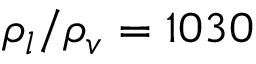
\rho _ { l } / \rho _ { v } = 1 0 3 0